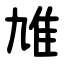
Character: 䧱